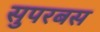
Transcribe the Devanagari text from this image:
सुपरबस